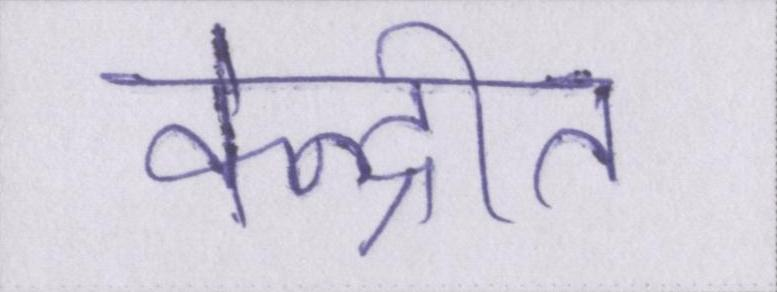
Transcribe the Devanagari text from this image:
केन्द्रीत